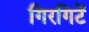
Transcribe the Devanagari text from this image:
गिरगिटें